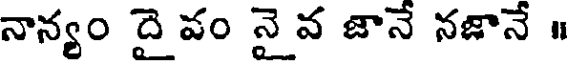
నాన్యం దై వం నై వ జానే నజానే